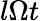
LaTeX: l\Omega t